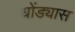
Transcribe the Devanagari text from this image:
धोंड्यास